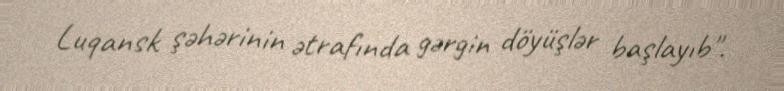
Luqansk şəhərinin ətrafında gərgin döyüşlər başlayıb".